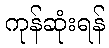
ကုန်ဆုံးရန်